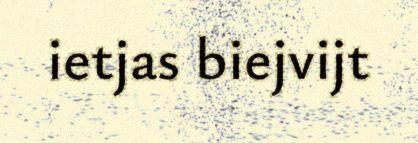
ietjas biejvijt